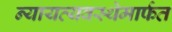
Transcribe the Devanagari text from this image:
न्यायव्यवस्थेमार्फत